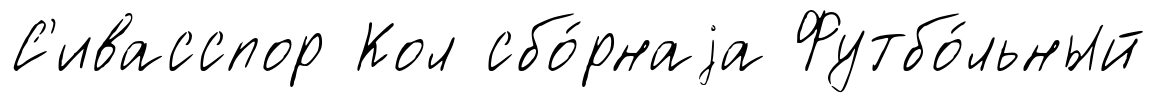
С'ивасспор Кол сбо́рнаjа Футбо́льный